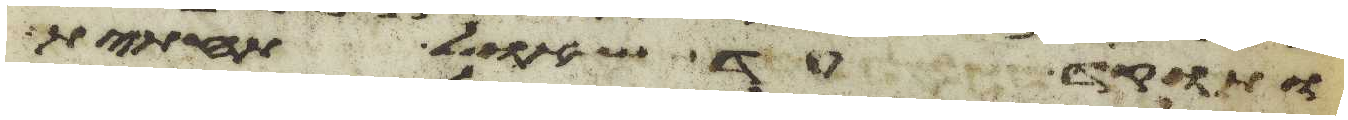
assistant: ותוקד עד שאל תחתית